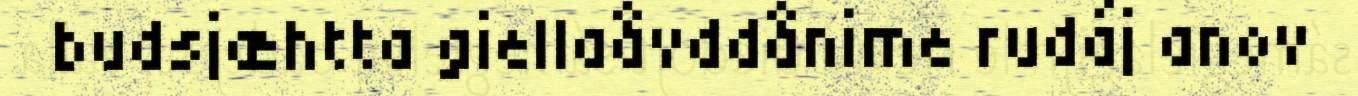
budsjæhtta giellaåvddånime rudáj anov